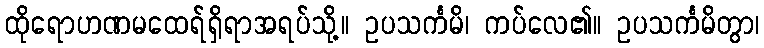
ထိုရောဟဏမထေရ်ရှိရာအရပ်သို့။ ဥပသင်္ကမိ၊ ကပ်လေ၏။ ဥပသင်္ကမိတွာ၊